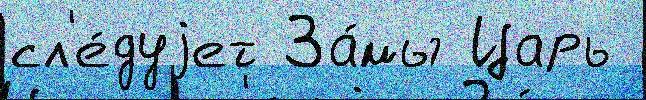
сл'е́дуjет За́мы Царь